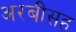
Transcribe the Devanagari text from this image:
अरबीसह